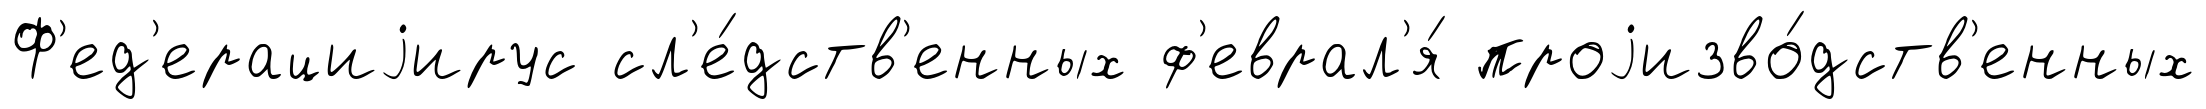
Ф'ед'ерациjирус сл'е́дств'енных ф'еврал'я́ проjизво́дств'енных